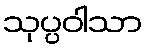
သုပ္ပဝါသာ